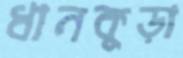
ধানকুড়া